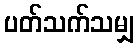
ပတ်သက်သမျှ